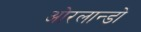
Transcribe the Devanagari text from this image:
ओरलान्डो